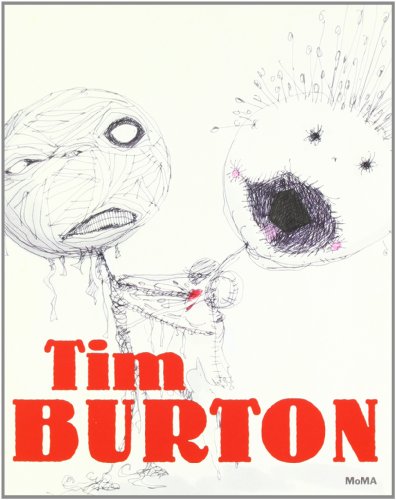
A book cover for Tim Burton; Jenny He; Humor & Entertainment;